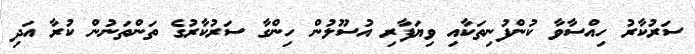
ސަރުކާރު ހިއްސާވާ ކުންފުނިތަކާއި ވިޔަފާރި އުސޫލުން ހިންގާ ސަރުކާރުގެ ތަންތަނުން ކުރާ އަދި